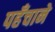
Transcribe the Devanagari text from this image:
पहँचाने